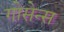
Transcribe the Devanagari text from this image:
गोसेन्स